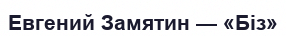
Евгений Замятин — «Біз»